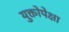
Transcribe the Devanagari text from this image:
युक्तोपेक्षा